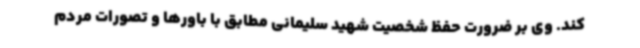
کند. وی بر ضرورت حفظ شخصیت شهید سلیمانی مطابق با باورها و تصورات مردم